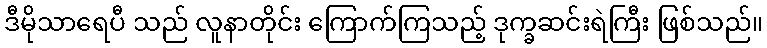
ဒီမိုသာရေပီ သည် လူနာတိုင်း ကြောက်ကြသည့် ဒုက္ခဆင်းရဲကြီး ဖြစ်သည်။